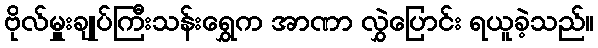
ဗိုလ်မှူးချုပ်ကြီးသန်းရွှေက အာဏာ လွှဲပြောင်း ရယူခဲ့သည်။